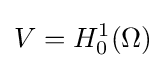
V=H_{0}^{1}(\Omega )